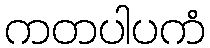
ကတပါပကံ